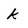
Character: k